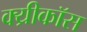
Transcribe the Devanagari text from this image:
क्य्रीकॉस